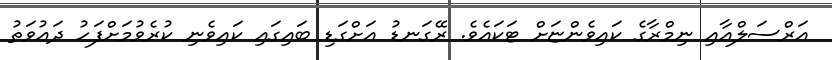
އަރްސަލްއާއި ނިމްރާގެ ކައިވެންޏަށް ޓަކައެވެ. ރޭގަނޑު އަށްގަޑި ބައިގައި ކައިވެނި ކުރެވުމަށްފަހު ދަޢުވަތު